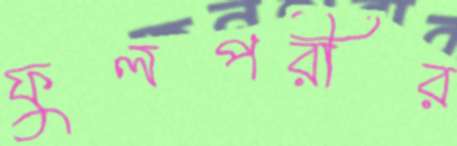
ফুলপরীর